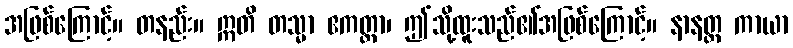
အဖြစ်ကြောင့်။ တနည်း။ ဣတိ တသ္မာ ဧကတ္တာ၊ ဤသို့ထူးသည်၏အဖြစ်ကြောင့်။ နာနတ္တ ကာယာ